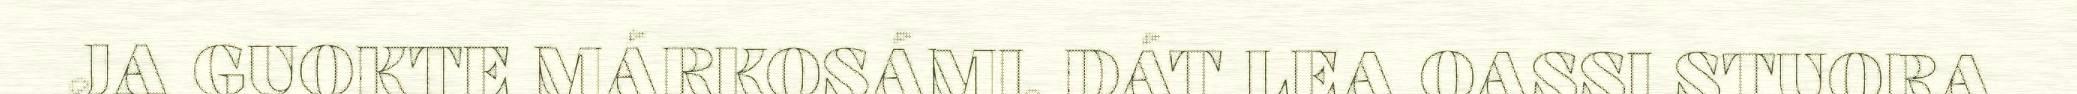
JA GUOKTE MÁRKOSÁMI. DÁT LEA OASSI STUORA